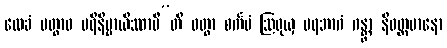
လေခံ ပတွာဝ ပရိနိဗ္ဗာယိဿာမီ”တိ ဝတွာ စင်္ကမံ ဩရုယှ ပရဘာဂံ ဂန္တွာ နိဝတ္တမာနော